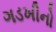
ગડખીનો